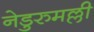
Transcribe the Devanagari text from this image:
नेडुरुमल्ली